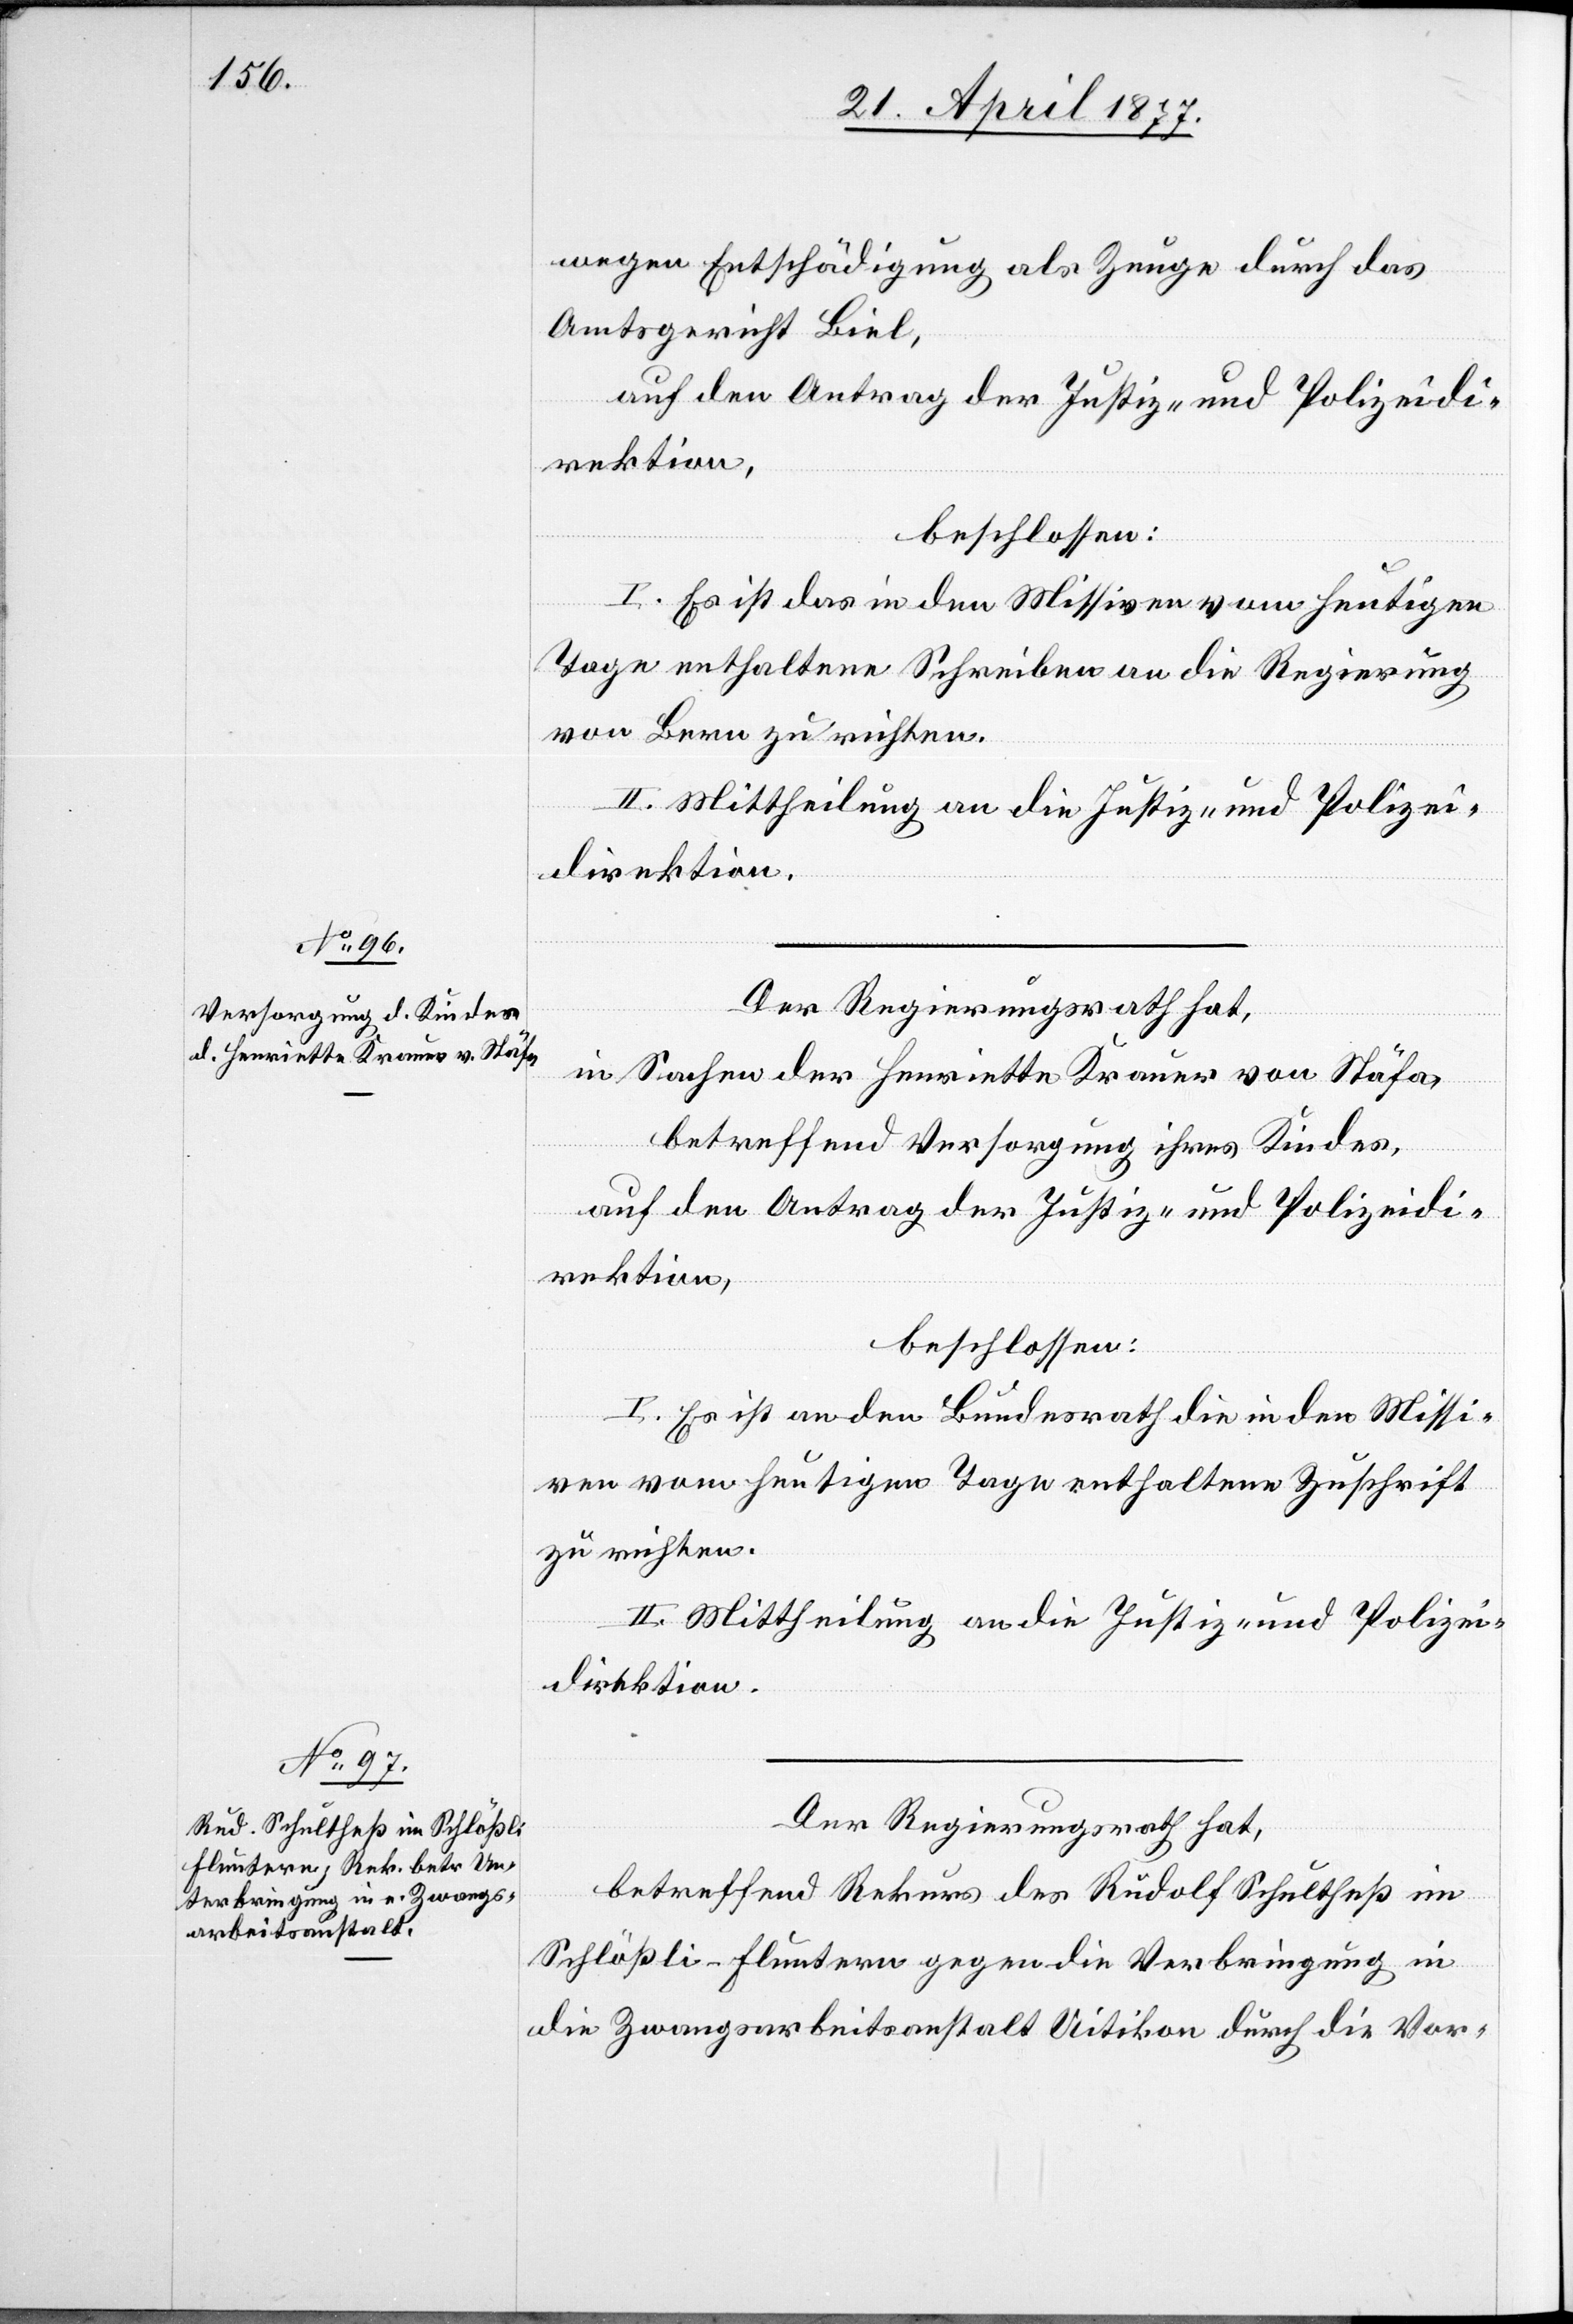
wegen Entschädigung als Zeuge durch das
Amtsgericht Biel,
auf den Antrag der Justiz- und Polizeidi¬
rektion,
beschlossen:
I. Es ist das in den Missiven vom heutigen
Tage enthaltene Schreiben an die Regierung
von Bern zu richten.
II. Mittheilung an die Justiz- und Polizei¬
direktion.
Der Regierungsrath hat,
in Sachen der Henriette Krauer von Stäfa,
betreffend Versorgung ihres Kindes,
auf den Antrag der Justiz- und Polizeidi¬
rektion,
beschlossen:
I. Es ist an den Bundesrath die in den Missi¬
ven vom heutigen Tage enthaltene Zuschrift
zu richten.
II. Mittheilung an die Justiz- und Polizei¬
direktion.
Der Regierungsrath hat,
betreffend Rekurs des Rudolf Schultheß im
Schlößli - Fluntern gegen die Verbringung in
die Zwangsarbeitsanstalt Uitikon durch die Vor-